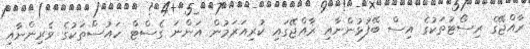
ރާއްޖޭގެ ރިސޯޓުތަކުގެ އިސް ބޭފުޅުންނާއި ރާއްޖޭގައި ކުރިއަރަމުން އަންނަ ގެސްޓް ހައުސްތަކުގެ ވެރިންނާއި